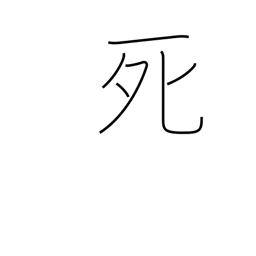
Meaning: death